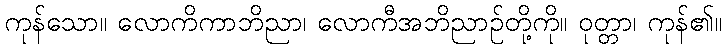
ကုန်သော။ လောကိကာဘိညာ၊ လောကီအဘိညာဉ်တို့ကို။ ဝုတ္တာ၊ ကုန်၏။